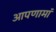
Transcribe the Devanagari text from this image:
आपणामां